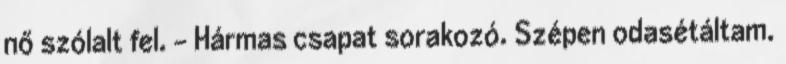
nő szólalt fel. - Hármas csapat sorakozó. Szépen odasétáltam.